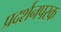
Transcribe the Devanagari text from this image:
प्रदर्शनपरक